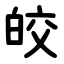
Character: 皎